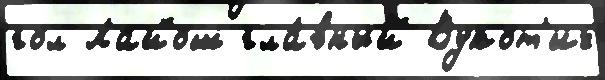
гол Лайош гла́вный Вукот'ич